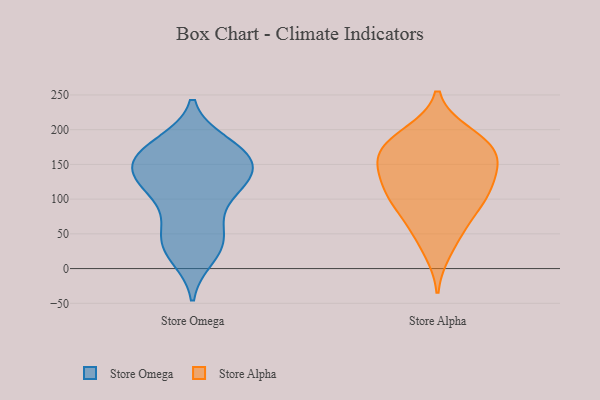
{"axis": {"x": "Page Views", "y": "Value"}, "legend": ["Store Alpha", "Store Omega"], "data": [{"x": "", "y": 174, "type": "Store Omega"}, {"x": "", "y": 111, "type": "Store Omega"}, {"x": "", "y": 33, "type": "Store Omega"}, {"x": "", "y": 179, "type": "Store Omega"}, {"x": "", "y": 152, "type": "Store Omega"}, {"x": "", "y": 48, "type": "Store Omega"}, {"x": "", "y": 154, "type": "Store Omega"}, {"x": "", "y": 161, "type": "Store Omega"}, {"x": "", "y": 129, "type": "Store Omega"}, {"x": "", "y": 28, "type": "Store Omega"}, {"x": "", "y": 125, "type": "Store Omega"}, {"x": "", "y": 165, "type": "Store Omega"}, {"x": "", "y": 116, "type": "Store Omega"}, {"x": "", "y": 78, "type": "Store Omega"}, {"x": "", "y": 170, "type": "Store Omega"}, {"x": "", "y": 140, "type": "Store Omega"}, {"x": "", "y": 18, "type": "Store Omega"}, {"x": "", "y": 48, "type": "Store Omega"}, {"x": "", "y": 122, "type": "Store Omega"}, {"x": "", "y": 66, "type": "Store Alpha"}, {"x": "", "y": 195, "type": "Store Alpha"}, {"x": "", "y": 105, "type": "Store Alpha"}, {"x": "", "y": 113, "type": "Store Alpha"}, {"x": "", "y": 192, "type": "Store Alpha"}, {"x": "", "y": 175, "type": "Store Alpha"}, {"x": "", "y": 105, "type": "Store Alpha"}, {"x": "", "y": 25, "type": "Store Alpha"}, {"x": "", "y": 142, "type": "Store Alpha"}, {"x": "", "y": 143, "type": "Store Alpha"}, {"x": "", "y": 152, "type": "Store Alpha"}, {"x": "", "y": 179, "type": "Store Alpha"}, {"x": "", "y": 114, "type": "Store Alpha"}, {"x": "", "y": 89, "type": "Store Alpha"}, {"x": "", "y": 166, "type": "Store Alpha"}, {"x": "", "y": 160, "type": "Store Alpha"}, {"x": "", "y": 55, "type": "Store Alpha"}]}